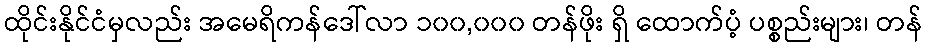
ထိုင်းနိုင်ငံမှလည်း အမေရိကန်ဒေါ်လာ ၁၀၀,၀၀၀ တန်ဖိုး ရှိ ထောက်ပံ့ ပစ္စည်းများ၊ တန်